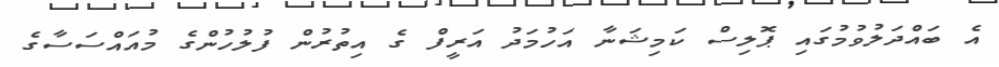
އެ ބައްދަލުވުމުގައި ޕޮލިސް ކަމިޝަނާ އަހުމަދު އަރީފް ގެ އިތުރުން ފުލުހުންގެ މުއައްސަސާގެ